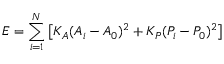
E = \sum _ { i = 1 } ^ { N } \left[ K _ { A } ( A _ { i } - A _ { 0 } ) ^ { 2 } + K _ { P } ( P _ { i } - P _ { 0 } ) ^ { 2 } \right]